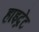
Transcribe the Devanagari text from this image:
हाइद्रेट